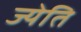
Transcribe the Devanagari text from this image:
ज्येति